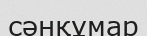
сәнқұмар